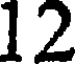
12